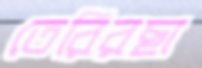
তেরিরছা